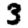
Digit: 3